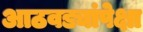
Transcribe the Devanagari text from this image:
आठवड्यांपेक्षा